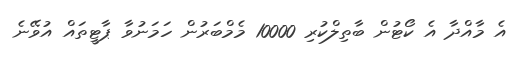
އެ މާއްދާ އެ ކޯޓުން ބާތިލްކުރި 10000 މެމްބަރުން ހަމަނުވާ ޕާޓީތައް އުވޭނެ